system: You are a helpful assistant.
user:
Analyze the provided spectrum to determine if it is a **M-type Giant (gM)**.

A M-type Giant spectrum is defined by its **strong molecular absorption** features, particularly from **Titanium Oxide (TiO)**. You must check for one of the following mutually exclusive signatures:

- **Key Visual Indicators (Absorption-Dominated Spectrum):**

    - **(Primary):** The spectrum is dominated by strong molecular absorption from **Titanium Oxide (TiO)**. This is the **defining feature** of its M-type temperature class.
        - **(Key Bandheads):** Look for sharp, "saw-tooth" absorption valleys. The strongest are located near **~7050 Å**, **~6160 Å**, and **~5170 Å**.
        - **(Line Profile):** The "saw-tooth" morphology is critical: a **sharp, steep drop on the BLUE (short-wavelength) side** of the bandhead, followed by a gradual recovery (rising flux) towards the RED (long-wavelength) side.

    - **(Key Confirmation - Giant vs. Dwarf):** **ABSENCE** of strong **Calcium Hydride (CaH)** molecular bands. This is the primary diagnostic for *excluding* M-dwarfs.
        - **(Key Region):** The spectrum should lack the strong, broad absorption band seen in dwarfs between **~6800 Å and ~7000 Å**.

    - **(Secondary Confirmation - Giant):** A very strong and broad **Neutral Calcium (Ca I)** atomic absorption line.
        - **(Key Line):** Located at **~4226 Å**. In a giant (gM), this line is significantly deeper and broader than the same line in an M-dwarf (dM) due to low surface gravity.

    - **(Overall Spectrum):**
        - The continuum is **extremely red-sloping** (i.e., flux is very low in the blue and rises dramatically towards the red).
        - The entire spectrum appears "chopped up" by the deep TiO bands.

Think first, call **spectral_visualization_tool** if needed to examine features in detail, then provide your final answer. Your response must adhere to the following strict rules:
1.  **Overall Structure:** Your response must follow the format `<think>...</think> <tool_call>...</tool_call> (if a tool is used) <answer>...</answer>`.
2.  **Tool Usage Constraint:** You may only make **one** tool call per turn.
3.  **Final Answer Format:** In the `<answer>` tag, your conclusion must be inside a `\boxed{}` command (e.g., `\boxed{YES}` or `\boxed{NO}`), followed by your justification.

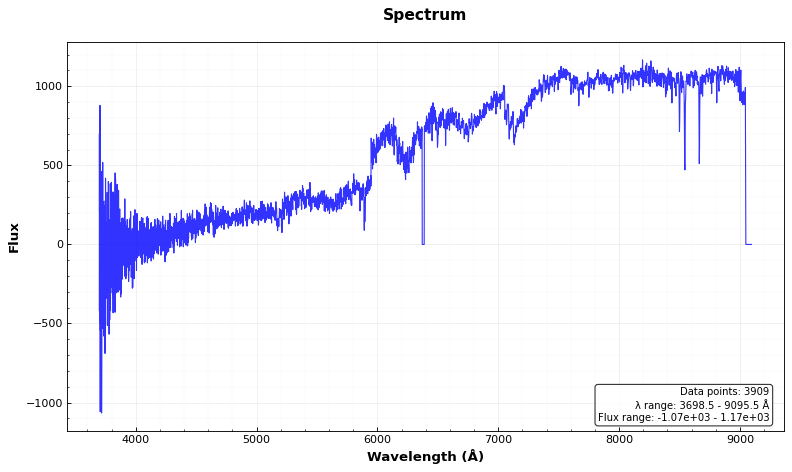
Answer: YES